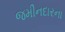
જમીનદારના